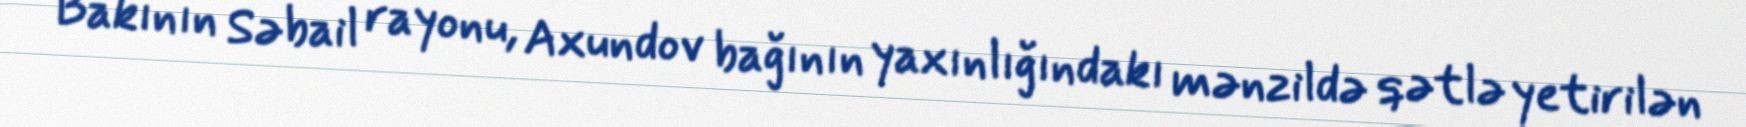
Bakının Səbail rayonu, Axundov bağının yaxınlığındakı mənzildə qətlə yetirilən